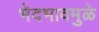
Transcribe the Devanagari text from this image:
भेदभावमुळे